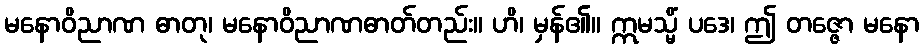
မနောဝိညာဏ ဓာတု၊ မနောဝိညာဏဓာတ်တည်း။ ဟိ၊ မှန်၏။ ဣမသ္မိံ ပဒေ၊ ဤ တဇ္ဇော မနော